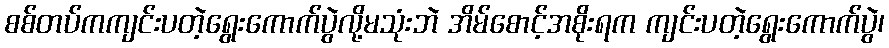
စစ်တပ်ကကျင်းပတဲ့ရွေးကောက်ပွဲလို့မသုံးဘဲ အိမ်စောင့်အစိုးရက ကျင်းပတဲ့ရွေးကောက်ပွဲ၊